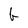
Character: G